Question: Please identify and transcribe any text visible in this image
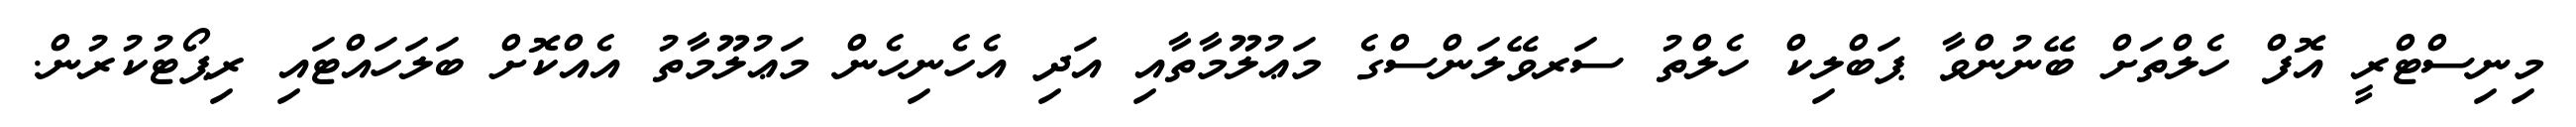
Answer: މިނިސްޓްރީ އޮފް ހެލްތަށް ބޭނުންވާ ޕަބްލިކް ހެލްތު ސަރވޭލަންސްގެ މަޢުލޫމާތާއި އަދި އެހެނިހެން މަޢުލޫމާތު އެއްކޮށް ބަލަހައްޓައި ރިޕޯޓުކުރުން.